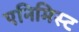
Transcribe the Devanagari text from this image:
एनिमिस्ट